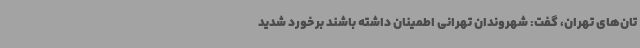
تان‌های تهران، گفت: شهروندان تهرانی اطمینان داشته باشند برخورد شدید